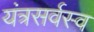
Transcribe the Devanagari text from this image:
यंत्रसर्वस्व